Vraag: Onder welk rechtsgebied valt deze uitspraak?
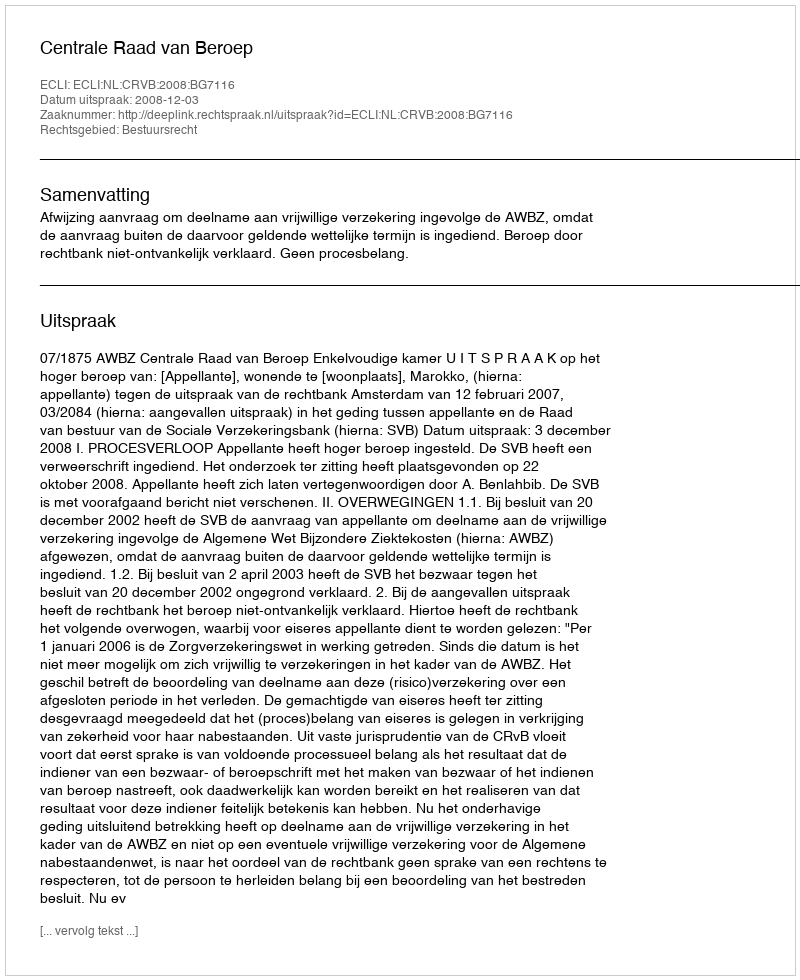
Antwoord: Bestuursrecht